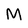
Character: M